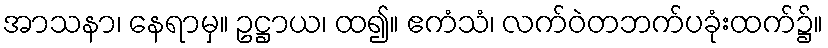
အာသနာ၊ နေရာမှ။ ဥဋ္ဌာယ၊ ထ၍။ ဧကံသံ၊ လက်ဝဲတဘက်ပခုံးထက်၌။